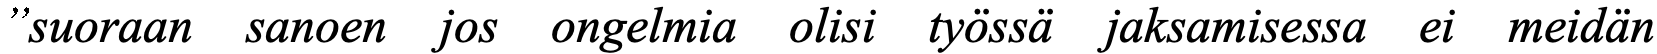
”suoraan sanoen jos ongelmia olisi työssä jaksamisessa ei meidän